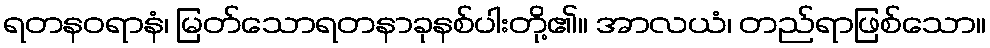
ရတနဝရာနံ၊ မြတ်သောရတနာခုနစ်ပါးတို့၏။ အာလယံ၊ တည်ရာဖြစ်သော။